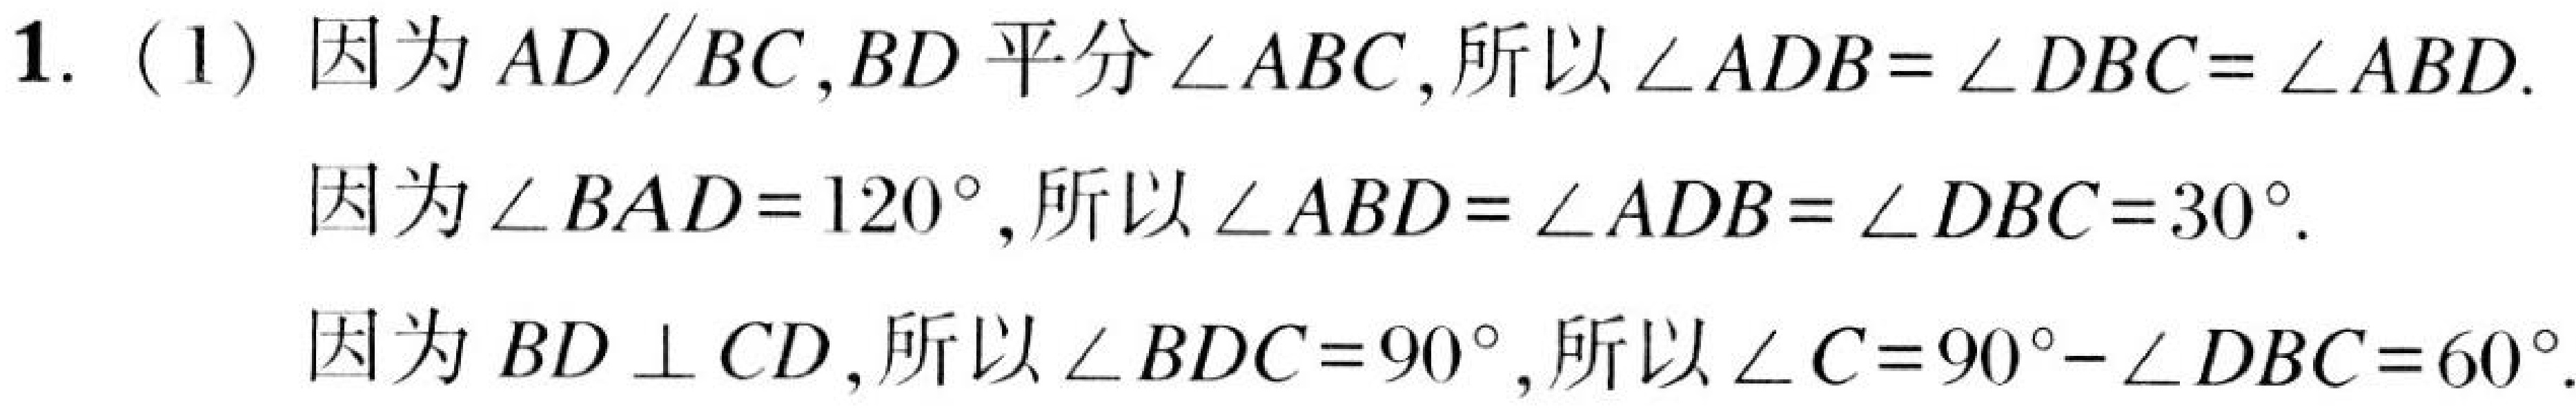
1. (1) 因为 \(AD\parallel BC\), \(BD\) 平分 \(\angle ABC\),所以 \(\angle ADB=\angle DBC = \angle ABD\).
因为 \(\angle BAD = 120^{\circ}\),所以 \(\angle ABD=\angle ADB=\angle DBC = 30^{\circ}\).
因为 \(BD\perp CD\),所以 \(\angle BDC = 90^{\circ}\),所以 \(\angle C=90^{\circ}-\angle DBC = 60^{\circ}\).